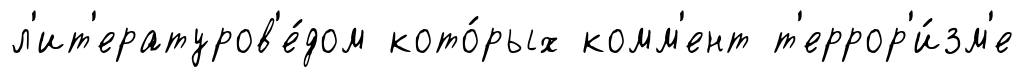
л'ит'ературов'е́дом кото́рых комм'ент т'еррор'и́зм'е